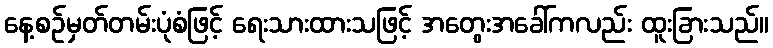
နေ့စဉ်မှတ်တမ်းပုံစံဖြင့် ရေးသားထားသဖြင့် အတွေးအခေါ်ကလည်း ထူးခြားသည်။